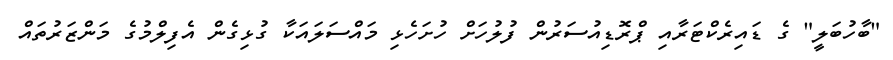
"ބާހުބަލީ" ގެ ޑައިރެކްޓަރާއި ޕްރޮޑިއުސަރުން ފުލުހަށް ހުށަހެޅި މައްސަލައަކާ ގުޅިގެން އެފިލްމުގެ މަންޒަރުތައް